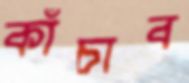
কাঁচাব